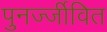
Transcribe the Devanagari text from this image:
पुनर्ज्जीवित